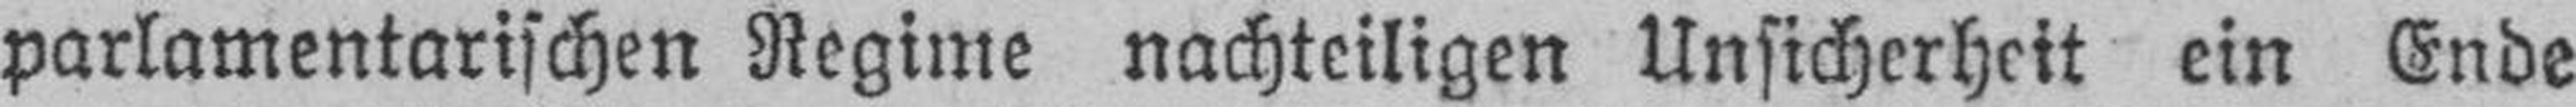
parlamentarischen Regime nachteiligen Unsicherheit ein Ende